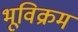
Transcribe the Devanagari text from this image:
भूविक्रम